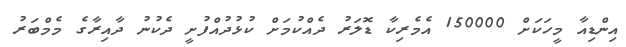
އިންޑިއާ މީހަކަށް 150000 އެމެރިކާ ޑޮލަރު ދެއްކުމަށް ކުޅުދުއްފުށީ ދެކުނު ދާއިރާގެ މެމްބަރު